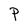
Character: P